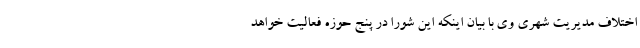
اختلاف مدیریت شهری وی با بیان اینکه این شورا در پنج حوزه فعالیت خواهد